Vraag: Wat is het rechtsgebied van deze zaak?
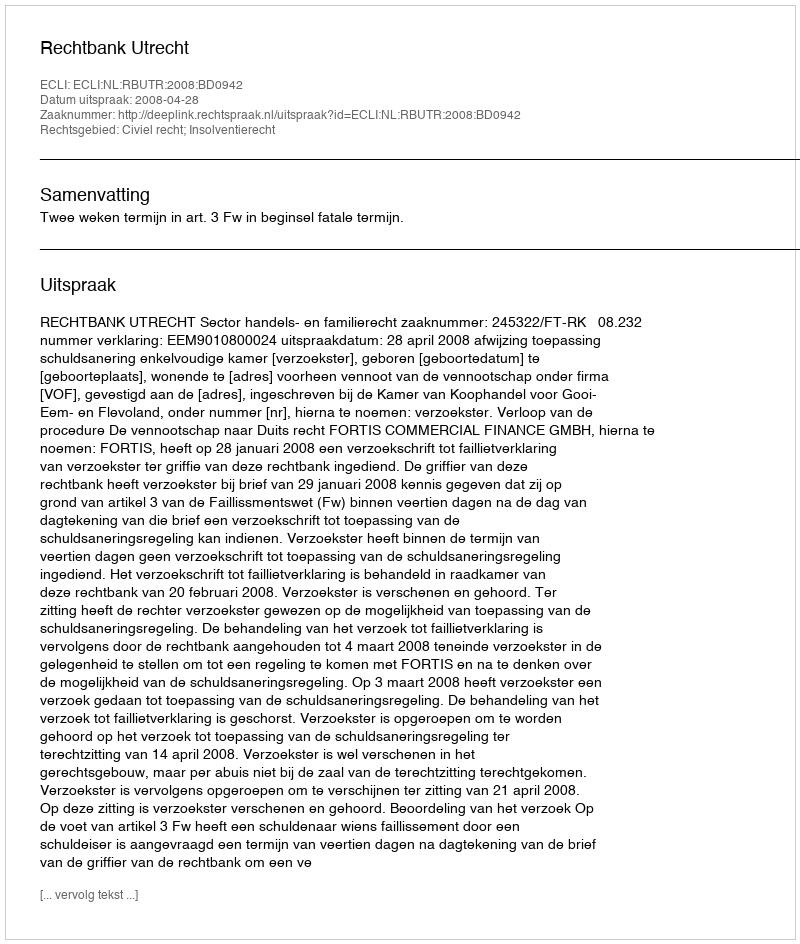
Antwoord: Civiel recht; Insolventierecht